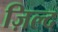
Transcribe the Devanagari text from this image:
ज़िल्द